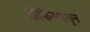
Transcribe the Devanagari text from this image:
ऑफिसमधून